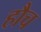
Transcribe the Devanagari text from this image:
हौच